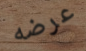
عرضه